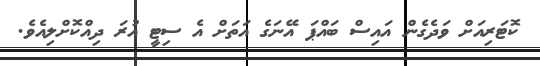
ކޮޓަރިއަށް ވަދެގެން އައިސް ބައްޕަ އޭނަގެ އަތަށް އެ ސިޓީ އުރަ ދިއްކޮށްލިއެވެ.